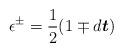
LaTeX: \begin{align*}\mathbf{\epsilon }^{\pm }=\frac{1}{2}(1\mp d\boldsymbol{t})\end{align*}